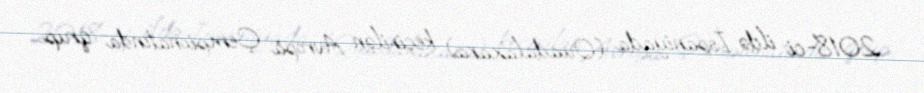
2018-ci ildə İspaniyada (Quadalaxara) keçirilən Avropa Çempionatında qrup